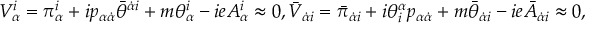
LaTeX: { \displaystyle V _ { \alpha } ^ { i } = \pi _ { \alpha } ^ { i } + i p _ { \alpha \dot { \alpha } } \bar { \theta } ^ { \dot { \alpha } i } + m \theta _ { \alpha } ^ { i } - i e A _ { \alpha } ^ { i } \approx 0 , \bar { V } _ { \dot { \alpha } i } = \bar { \pi } _ { \dot { \alpha } i } + i \theta _ { i } ^ { \alpha } p _ { \alpha \dot { \alpha } } + m \bar { \theta } _ { \dot { \alpha } i } - i e \bar { A } _ { \dot { \alpha } i } \approx 0 , }